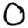
Digit: 0